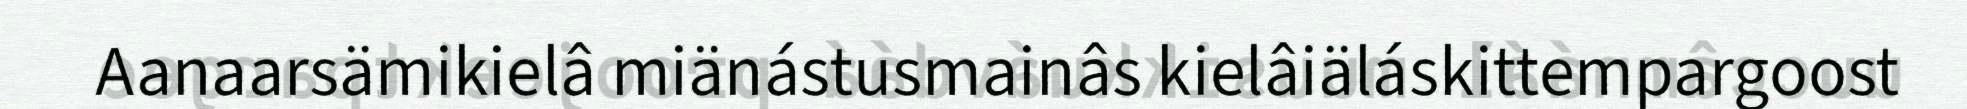
Aanaarsämikielâ miänástusmainâs kielâiäláskittempargoost